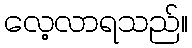
လေ့လာရသည်။